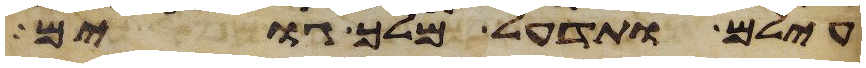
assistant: עילם ותדעל מלך גוים